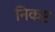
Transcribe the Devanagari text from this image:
निकष्ट